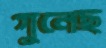
গুনেছ